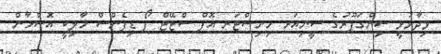
ވިދާޅުވީ ސިންގަޕޫރުގެ ސީނިއަރ މިނިސްޓަރ އޮފް ސްޓޭޓް ފޯ ޑިފެންސް މާލިކީ އޮސްމާން